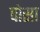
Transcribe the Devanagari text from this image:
पोसा